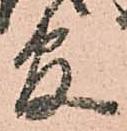
官